Civil Veterinary Department. Central Provinces & Berar 1925-31 - 1925-1931
Year: 1925
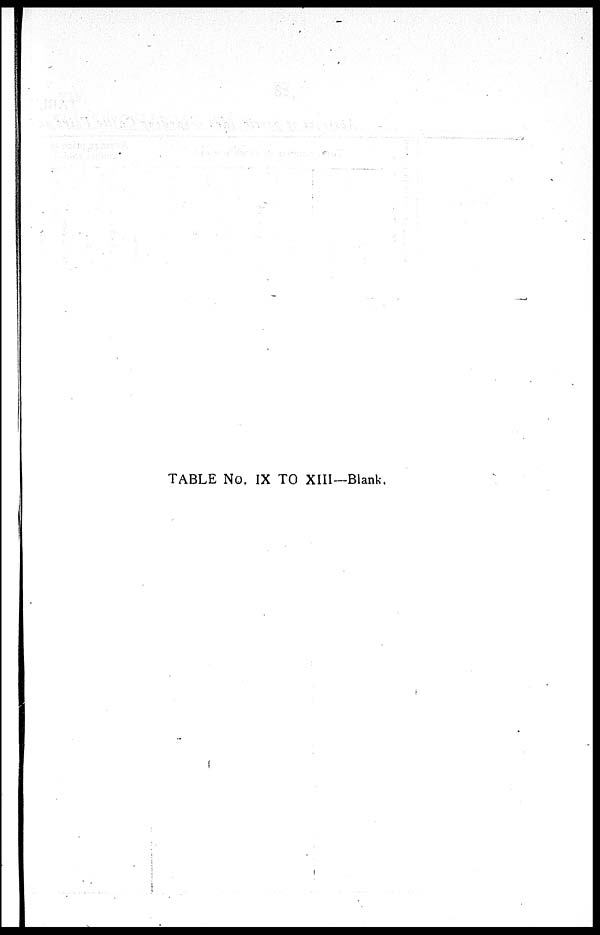
TABLE No. IX TO XIII—Blank.